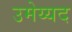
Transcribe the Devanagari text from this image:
उमेय्यद